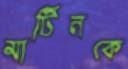
মার্টিনকে